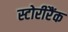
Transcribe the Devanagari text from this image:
स्टोरीरैंक